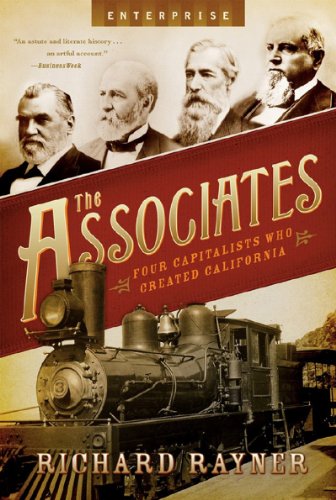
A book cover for The Associates: Four Capitalists Who Created California (Enterprise); Richard Rayner; Business & Money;